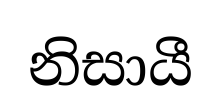
නිසායී